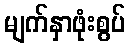
မျက်နှာဖုံးစွပ်